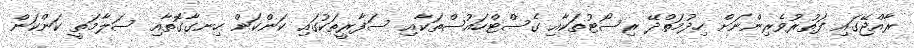
ރާއްޖޭގައި ފަތުރުވެރިންނަށް ހިދުމަތްދޭ ރިސޯޓުތަކާއި ގެސްޓްހައުސްތަކާއި ސަފާރީތަކުގައި ކަންކަން ހިނގާގޮތާއި ސަލާމަތީ ކަންކަން